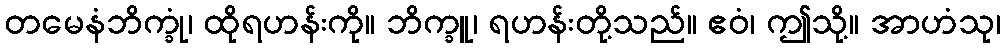
တမေနံဘိက္ခုံ၊ ထိုရဟန်းကို။ ဘိက္ခူ၊ ရဟန်းတို့သည်။ ဧဝံ၊ ဤသို့။ အာဟံသု၊